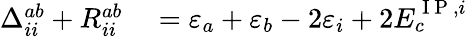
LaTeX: \begin{array}{rl}{\Delta_{ii}^{ab}+R_{ii}^{ab}}&{{}=\varepsilon_{a}+\varepsilon_{b}-2\varepsilon_{i}+2E_{c}^{\mathrm{~I~P~},i}}\end{array}